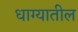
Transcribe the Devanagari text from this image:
धाग्यातील